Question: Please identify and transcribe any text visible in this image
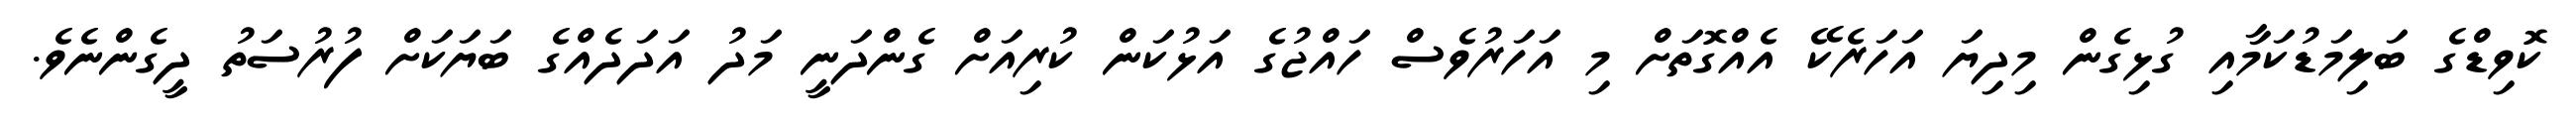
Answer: ކޮވިޑްގެ ބަލިމަޑުކަމާއި ގުޅިގެން މިދިޔަ އަހަރެކޭ އެއްގޮތަށް މި އަހަރުވެސް ހައްޖުގެ އަޅުކަން ކުރިއަށް ގެންދަނީ މަދު އަދަދެއްގެ ބަޔަކަށް ފުރުސަތު ދީގެންނެވެ.